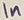
Text: 1n